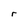
Character: r